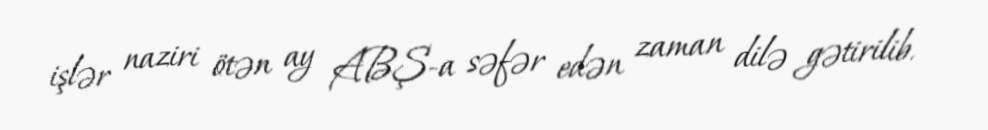
işlər naziri ötən ay ABŞ-a səfər edən zaman dilə gətirilib.